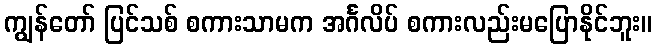
ကျွန်တော် ပြင်သစ် စကားသာမက အင်္ဂလိပ် စကားလည်းမပြောနိုင်ဘူး။